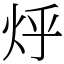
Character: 烀